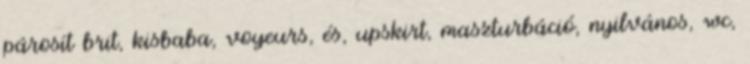
párosít brit, kisbaba, voyeurs, és, upskirt, maszturbáció, nyilvános, wc,